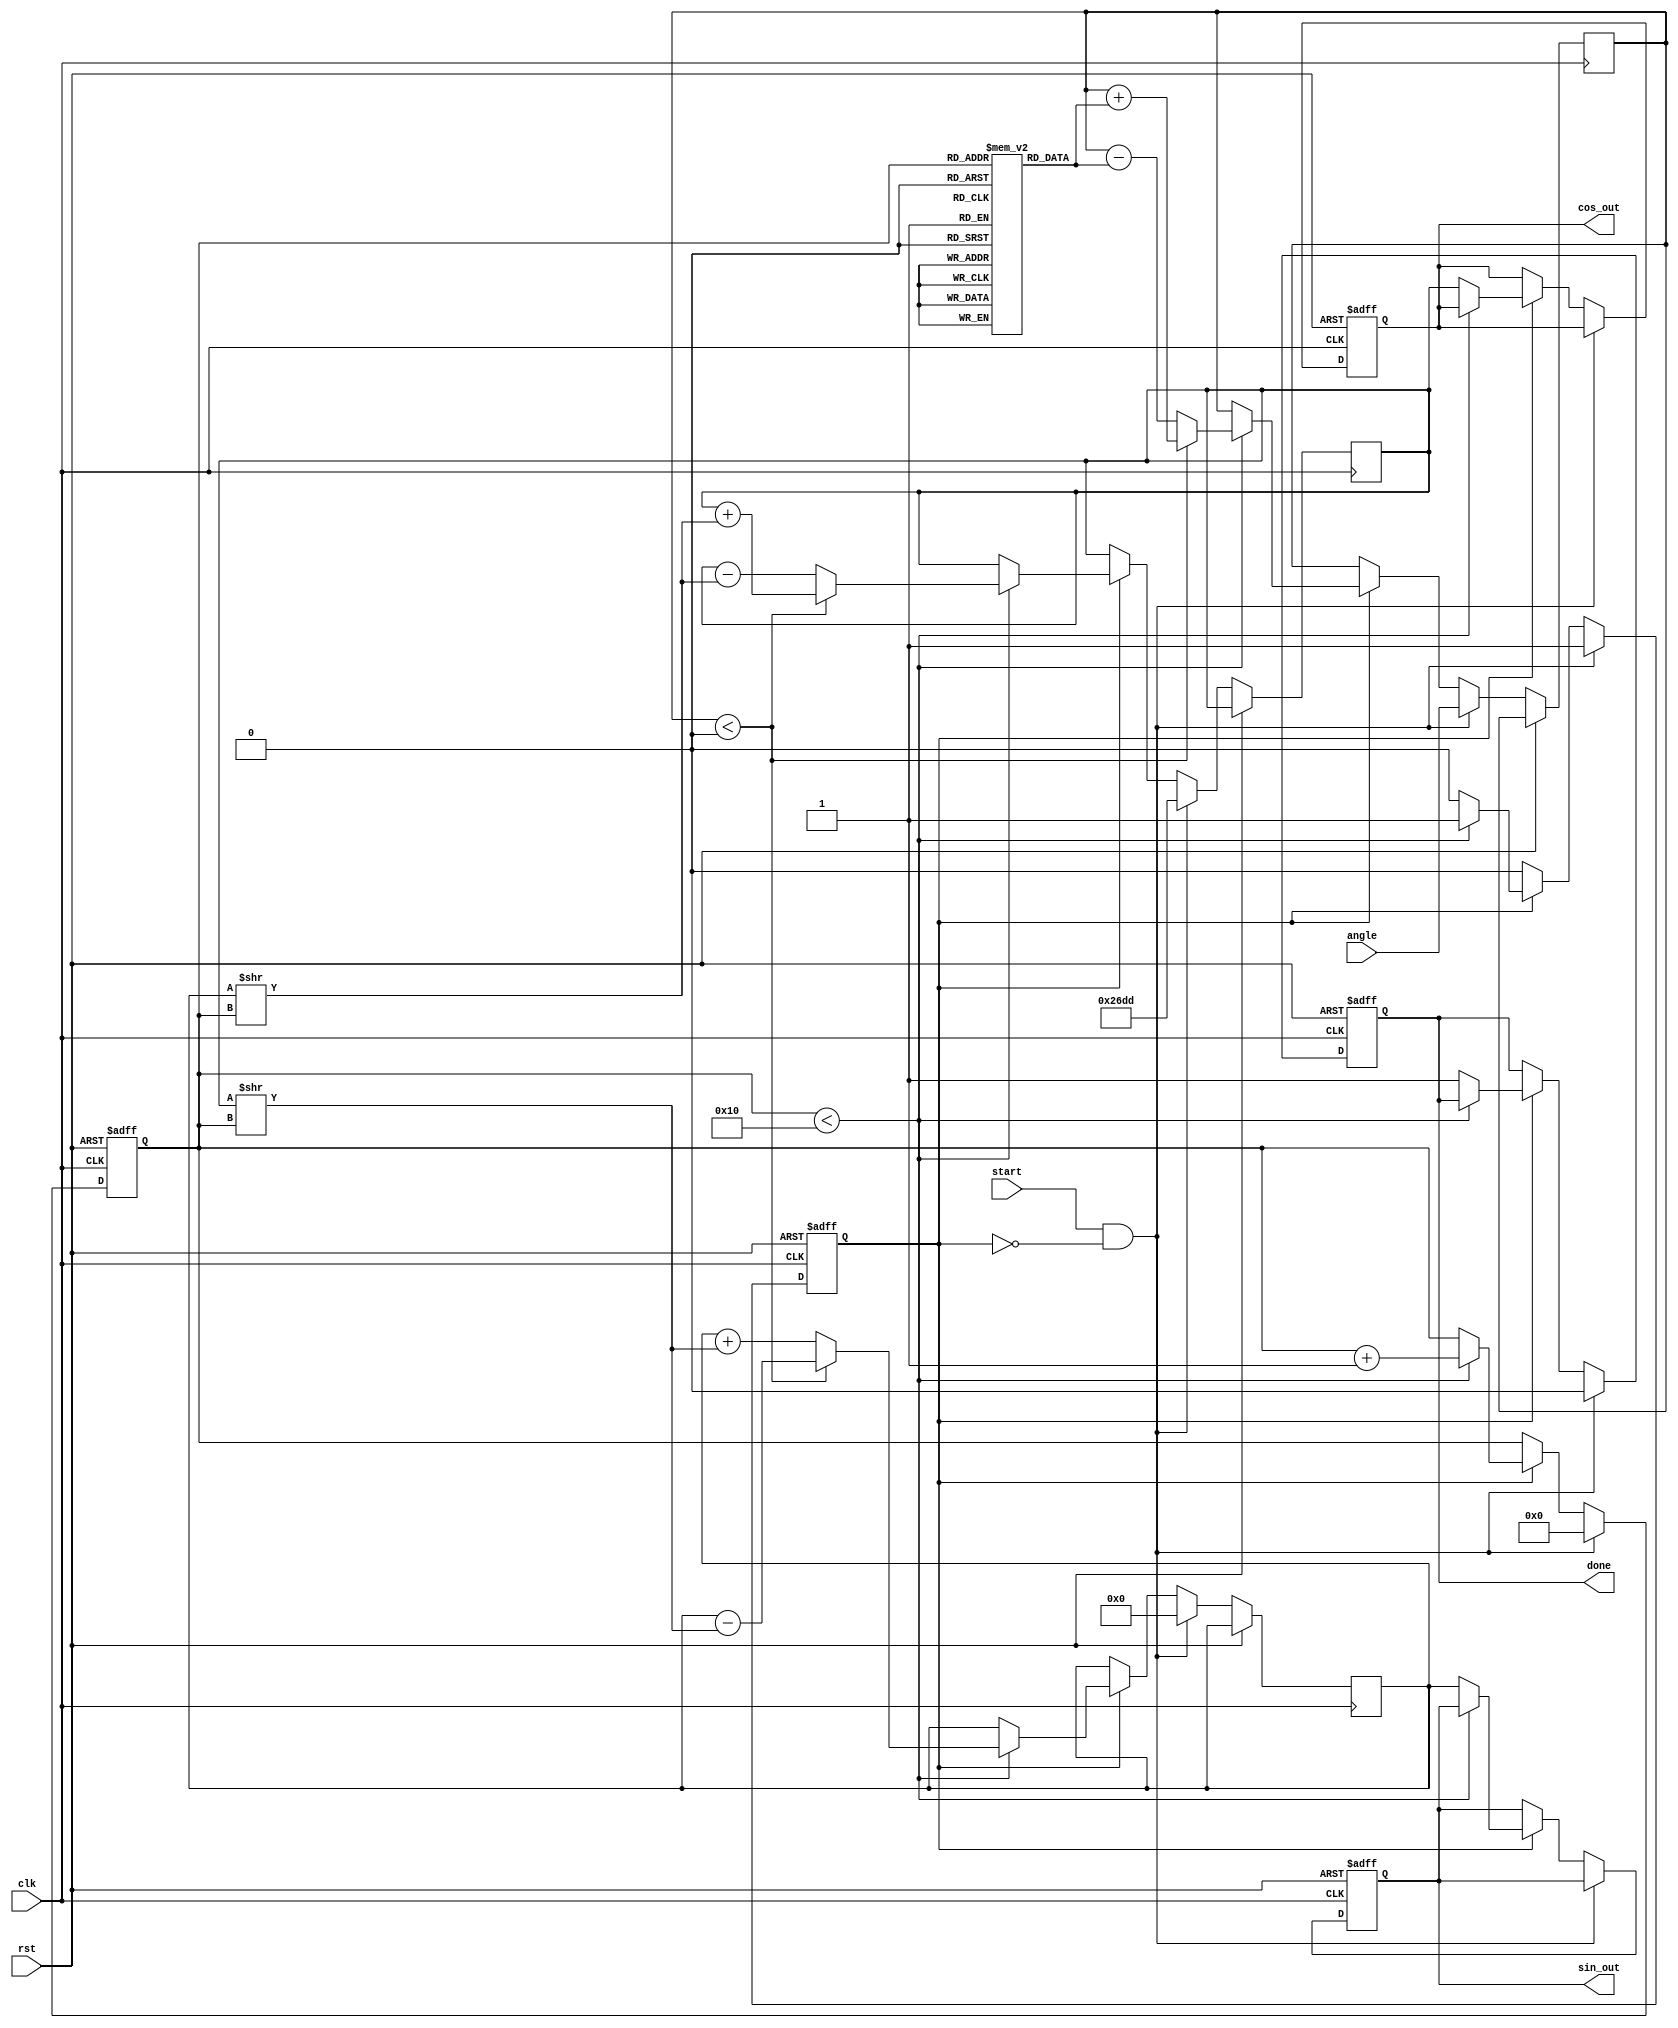
module cordic(
    input wire clk,
    input wire rst,
    input wire [15:0] angle, // Input angle in radians (fixed point)
    input wire start,        // Signal to start computation
    output reg [15:0] cos_out, // Output cosine value
    output reg [15:0] sin_out, // Output sine value
    output reg done          // Computation done signal
);

    // Constants
    parameter NUM_ITERATIONS = 16; // Number of iterations
    parameter CORDIC_SCALE = 16'h26DD; // Scaling factor (fixed point)

    // Lookup table for arctangent values
    reg [15:0] atan_lut [0:NUM_ITERATIONS-1];
    initial begin
        atan_lut[0] = 16'h2000; // atan(2^0) = 0.785398 (in fixed point)
        atan_lut[1] = 16'h12D9; // atan(2^-1) = 0.463648
        atan_lut[2] = 16'h0A3D; // atan(2^-2) = 0.244978
        atan_lut[3] = 16'h0519; // atan(2^-3) = 0.124389
        // Fill in the rest of the LUT...
        // ...
    end

    // Internal signals
    reg [15:0] x, y, z; // x, y coordinates and angle z
    reg [3:0] iteration; // Iteration counter
    reg processing; // Processing flag

    always @(posedge clk or posedge rst) begin
        if (rst) begin
            cos_out <= 16'h0000;
            sin_out <= 16'h0000;
            done <= 0;
            processing <= 0;
            iteration <= 0;
        end else if (start && !processing) begin
            // Initialize values
            x <= CORDIC_SCALE; // Initial x value (1.0 in fixed point)
            y <= 16'h0000; // Initial y value (0.0 in fixed point)
            z <= angle; // Input angle
            iteration <= 0;
            done <= 0;
            processing <= 1;
        end else if (processing) begin
            if (iteration < NUM_ITERATIONS) begin
                // CORDIC rotation logic
                if (z < 0) begin
                    // Counter-clockwise rotation
                    x <= x + (y >> iteration);
                    y <= y - (x >> iteration);
                    z <= z + atan_lut[iteration];
                end else begin
                    // Clockwise rotation
                    x <= x - (y >> iteration);
                    y <= y + (x >> iteration);
                    z <= z - atan_lut[iteration];
                end
                iteration <= iteration + 1;
            end else begin
                // Final scaling
                cos_out <= x;
                sin_out <= y;
                done <= 1;
                processing <= 0;
            end
        end
    end

endmodule